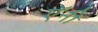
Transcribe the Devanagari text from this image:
ऍनी